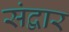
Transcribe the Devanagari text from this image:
संद्वार